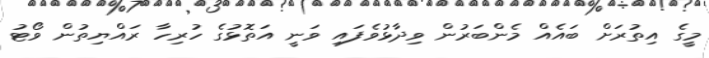
މީގެ އިތުރަށް ބައެއް މެންބަރުން ވިދާޅުވެފައި ވަނީ އަތޮޅުގެ ހުރިހާ ރައްޔިތުން ވޯޓު